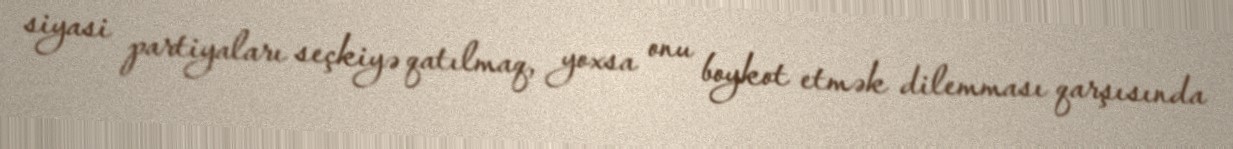
siyasi partiyaları seçkiyə qatılmaq, yoxsa onu boykot etmək dilemması qarşısında